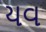
યવ